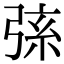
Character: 𢏸